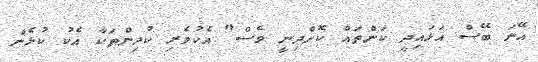
އޭނަ ބޭސް އަޅައިދީ ކަންތައް ކޮށްދިނީ ވެސް" އެކުވެރި ކުދިންތަކާ އެކު ކުޅެން